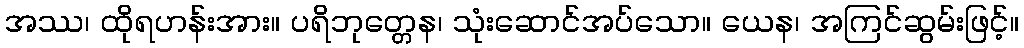
အဿ၊ ထိုရဟန်းအား။ ပရိဘုတ္တေန၊ သုံးဆောင်အပ်သော။ ယေန၊ အကြင်ဆွမ်းဖြင့်။